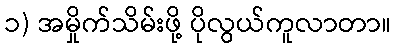
၁) အမှိုက်သိမ်းဖို့ ပိုလွယ်ကူလာတာ။